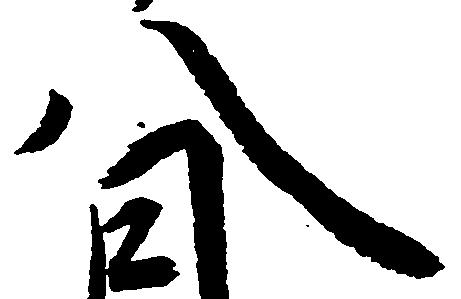
八